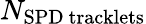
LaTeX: N_{\mathrm{SPD~tracklets}}